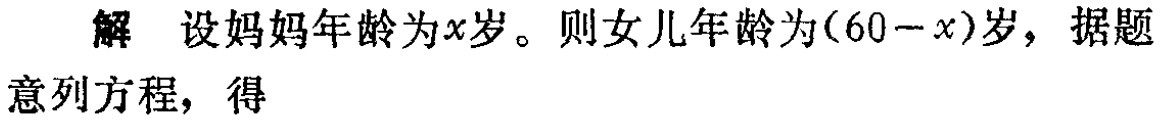
解 设妈妈年龄为\(x\)岁。则女儿年龄为\((60 - x)\)岁，据题意列方程，得